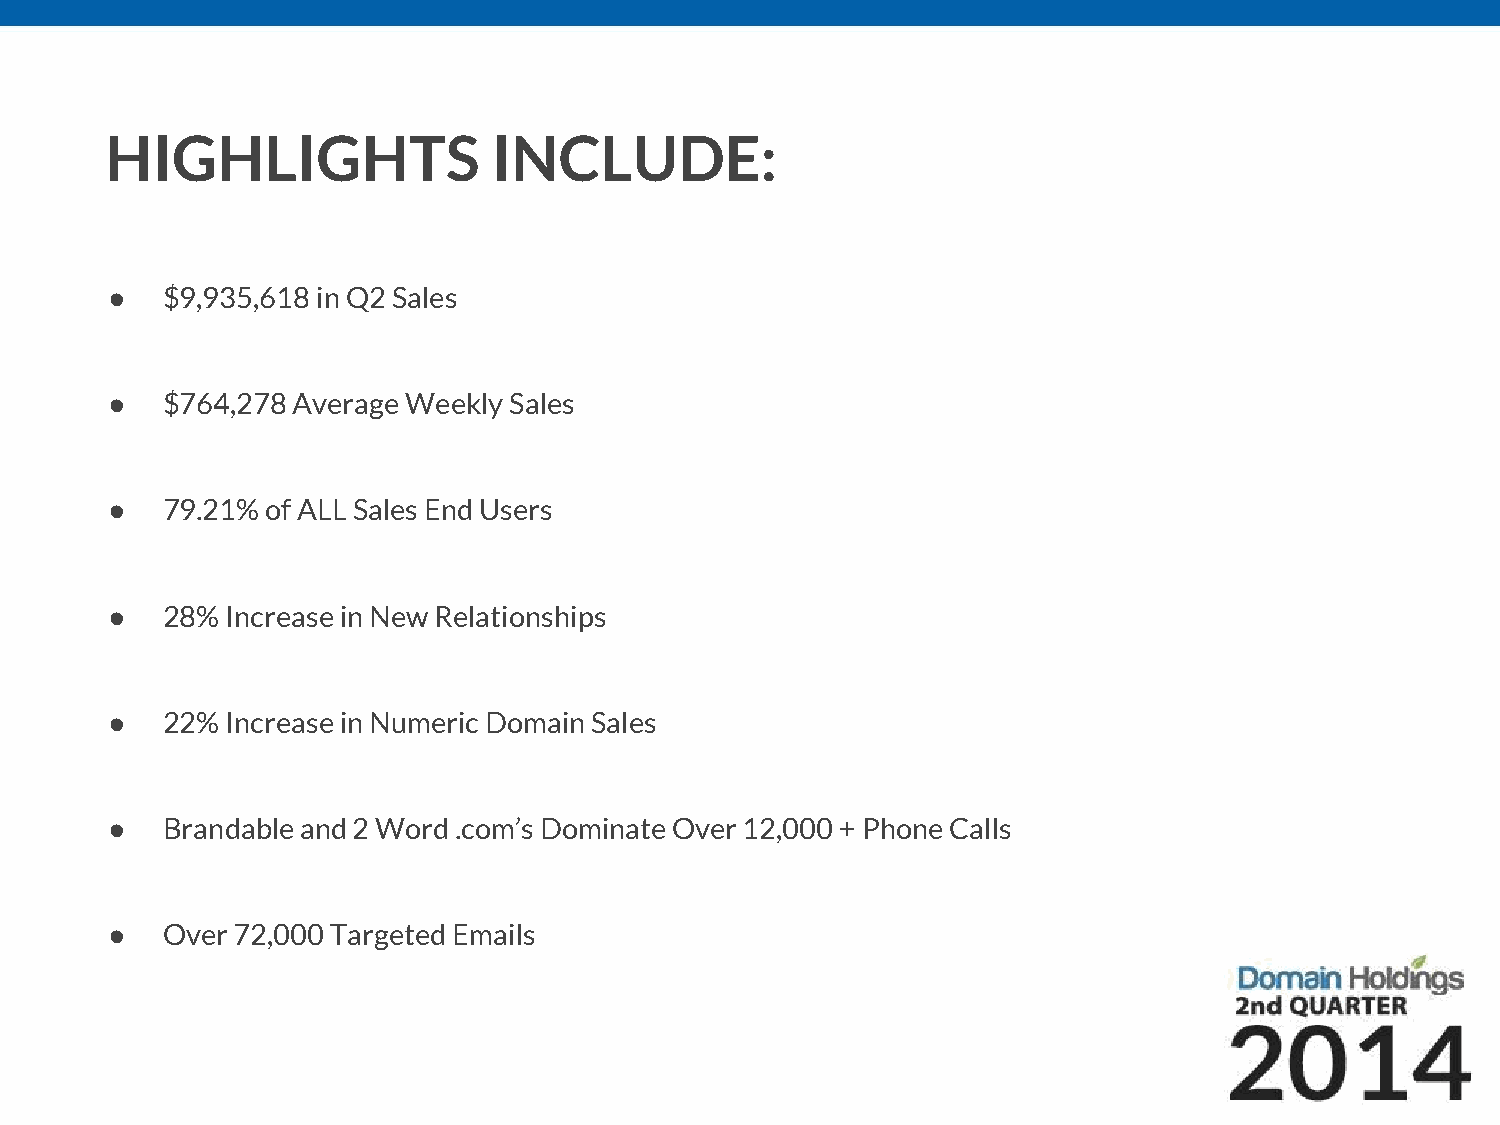
HIGHLIGHTS                INCLUDE:
 ●   $9,935,618 in Q2 Sales
 ●   $764,278 Average Weekly Sales
 ●   79.21% of ALL Sales End Users
 ●   28% Increase in New Relationships
 ●   22% Increase in Numeric Domain Sales
 ●   Brandable and 2 Word .com’s Dominate Over 12,000 + Phone Calls
 ●   Over 72,000 Targeted Emails